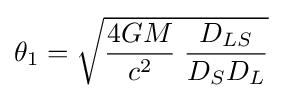
\theta _{1}={\sqrt {{\frac {4GM}{c^{2}}}\;{\frac {D_{LS}}{D_{S}D_{L}}}}}